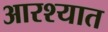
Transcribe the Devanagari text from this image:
आरश्यात